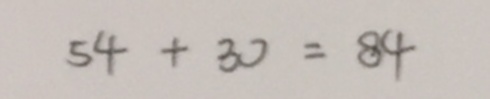
5 4 + 3 0 = 8 4